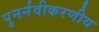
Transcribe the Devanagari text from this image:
पुनर्नवीकरणीय